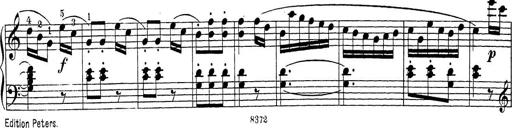
Title: Sonatina Album
Composer: Louis KÃ¶hler